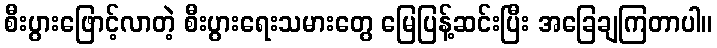
စီးပွားဖြောင့်လာတဲ့ စီးပွားရေးသမားတွေ မြေပြန့်ဆင်းပြီး အခြေချကြတာပါ။